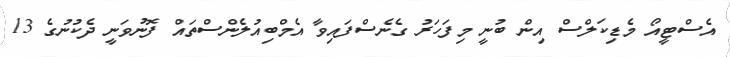
އެސްޓީއޯ މެޑިކަލްސް އިން ބުނީ މިފަހަރު ގެނެސްފައިވާ އެމްބިއުލެންސްތައް ފޮނުވަނީ ދެކުނުގެ 13